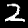
Digit: 2